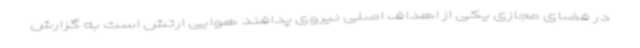
در فضای مجازی یکی از اهداف اصلی نیروی پدافند هوایی ارتش است به گزارش